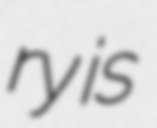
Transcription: ry is